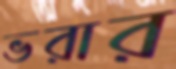
ভরার